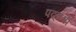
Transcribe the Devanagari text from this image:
पद्‌मश्री